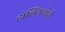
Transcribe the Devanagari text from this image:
होलिंगवोर्थ